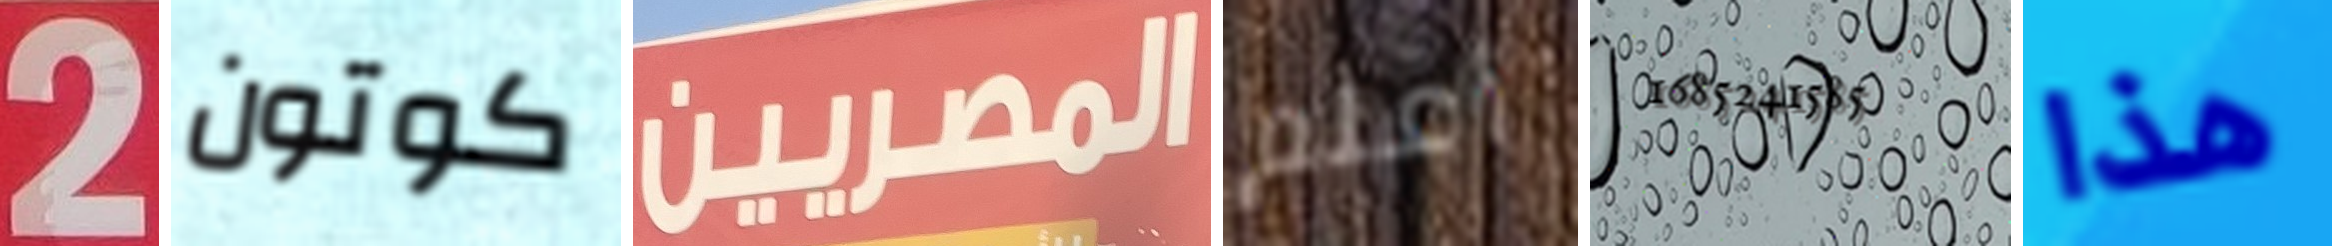
2 كوتون المصريين أعلم 1685241585 هذا